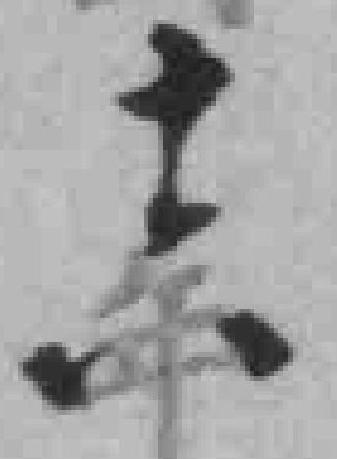
十六